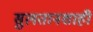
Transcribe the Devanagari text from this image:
सुलतानशाही